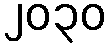
၂၀၃၀